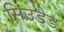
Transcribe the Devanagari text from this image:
सिउडेड